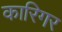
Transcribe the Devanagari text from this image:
कारिगर